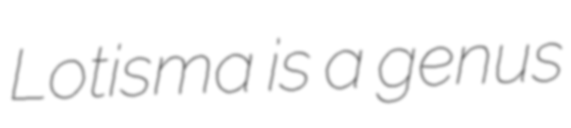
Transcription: Lotisma is a genus